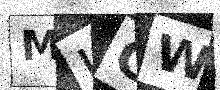
Text: MLGW